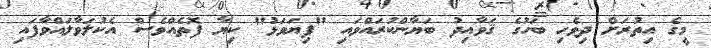
މީގެ އިތުރަށް ދިވެހި ބަހުގެ ޤަވާއިދު ބަޔާންކުރައްވައި "ފިޔަވަޅު" ކިޔާ ފޮތެއްވެސް އެކުލަވާލައްވާފައި